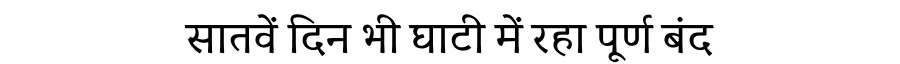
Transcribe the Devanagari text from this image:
सातवें दिन भी घाटी में रहा पूर्ण बंद